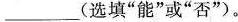
_________(选填”能”或”否”)。